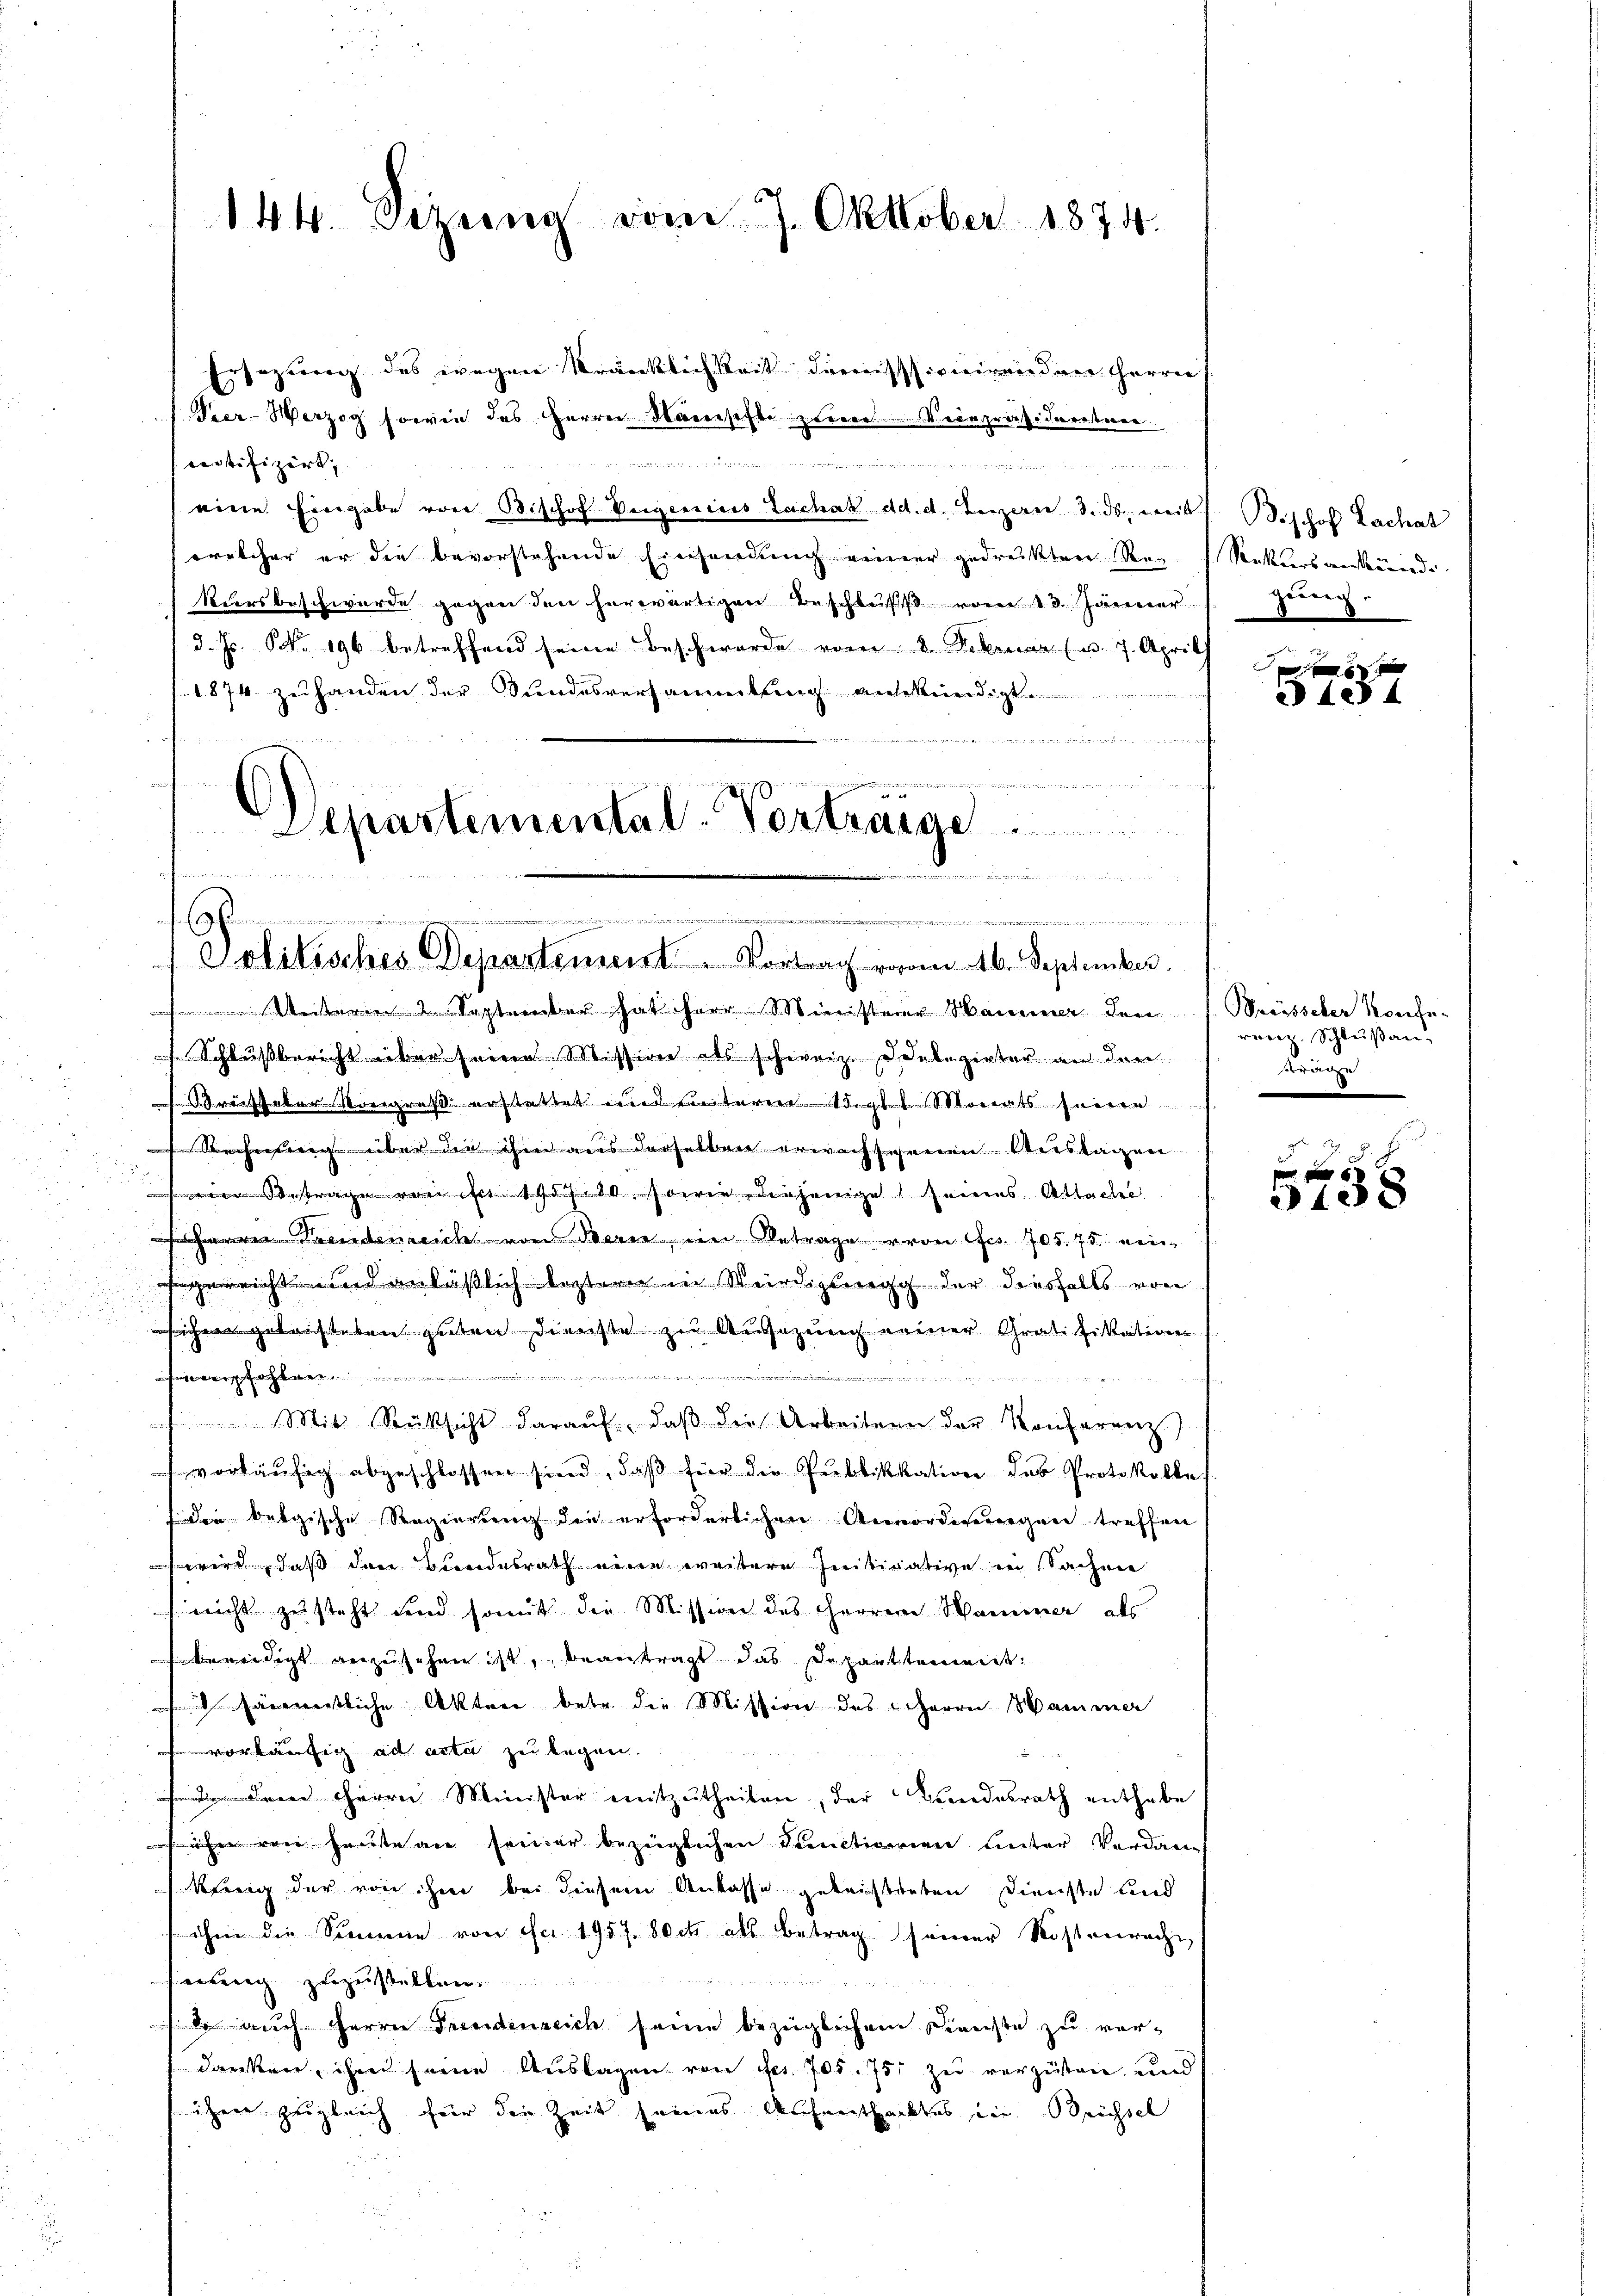
144. Sizung vom 7. Oktober 1874.

Ersezung des wegen Kränklichkeit domissionirenden Herrn
Peer-Werzog sowie des Herrn Namsifte zum Veiepräsidenten
motifizirt, |
un
eine Eingabe von Bischof Vergenies Zachah dd. d. Herzerer 3. ds. mit Bischof Lachat
(welcher er die bevorstehende Einsendung einer gedruckten Re- Rekursverkenende
kiersbeschwerde gegen den herwärtigen Beschluß vom 10. Jänner
d. Js. NNo. 196 betreffend seine Beschwerde vom 8. Februar (u. 7. April
1874 zuhanden der Sandesversammlung angekündigte
.......................
f

¬
d
Alpartemental-Vortrage
s
w in des dem als
dir die in den in den werden einsamme niemann marinen einer enge

enten werden werde
9
Politisches Departement. Vortrag voram 16. September.

zung.

September hat ihrer Ministerer Hammer den 1. Brüsseler Konfe-
Schlŭβbericht über seine Mission als schweiz. Diebezirter an den
Schrichteter Vorigiess erstattet und seiteren 15. gl. Monats seinen
Rechnung über die ihm aus derselben erwachsehenen Auslagen
seien Betrage von ist 195 f. 30. sowie diejenige seines Attackel.
e Freudenreich von Berin, in Betrage von fr. 705. 75 eingereicht und anläßlich lezterer in Würdigung der diesfalls von
sichen geleisteten guten Dienste zu Ansezung keiner Gratifikation
             244. 211
.
 Mit Rücksicht darauf, daß die Arbeitern der Konferenz.)
vorläufig abgeschlossen sind, daß für die Publikation das Protokolle
 der belgische Regierung die erforderlichen Anordnungen treffen
wird, daß den Bundesrath eine weitere Initivative in Sache
nicht zu steht und somit die Mission des Herrern Namener als
ndigt anzufahren ist, beantragt das Scharttement
mwertliche Akten betr. die Mission des Herrn Hammer
 vorläufig ad acta zu legen.
Dein Herrn Minister mitzŭtheilen, der Bundesrath enthabe
üher vor heute an sonder bezüglichen Punctionien unter Verdan¬
Kenig der von hier bei diesem Anlasse geleichteten Dienste und
ihm die Simmen von Fr. 1957. 80ck als Betrag seiner Kostenreche
eng zuzustellen.
 auch Herrn Freudenreich seine bezüglichem Dienste zu verdanken, ihm seine Auslagen von Frs. 705. 751 zu vergüten und
ihen zugleich für die Zeit seines Athenthacktes in Brüssel

f 6 x
a 1. 4

reerz. Schlŭβan.
räge

348